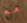
مع